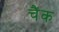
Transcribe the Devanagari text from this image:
चैंक